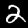
Digit: 2